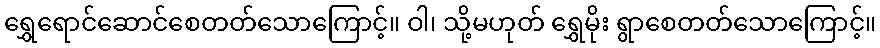
ရွှေရောင်ဆောင်စေတတ်သောကြောင့်။ ဝါ၊ သို့မဟုတ် ရွှေမိုး ရွာစေတတ်သောကြောင့်။